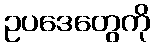
ဥပဒေတွေကို